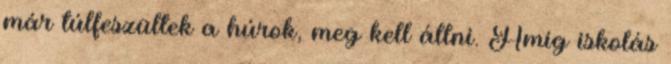
már túlfeszültek a húrok, meg kell állni. Amíg iskolás